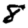
Digit: 8